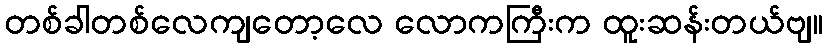
တစ်ခါတစ်လေကျတော့လေ လောကကြီးက ထူးဆန်းတယ်ဗျ။